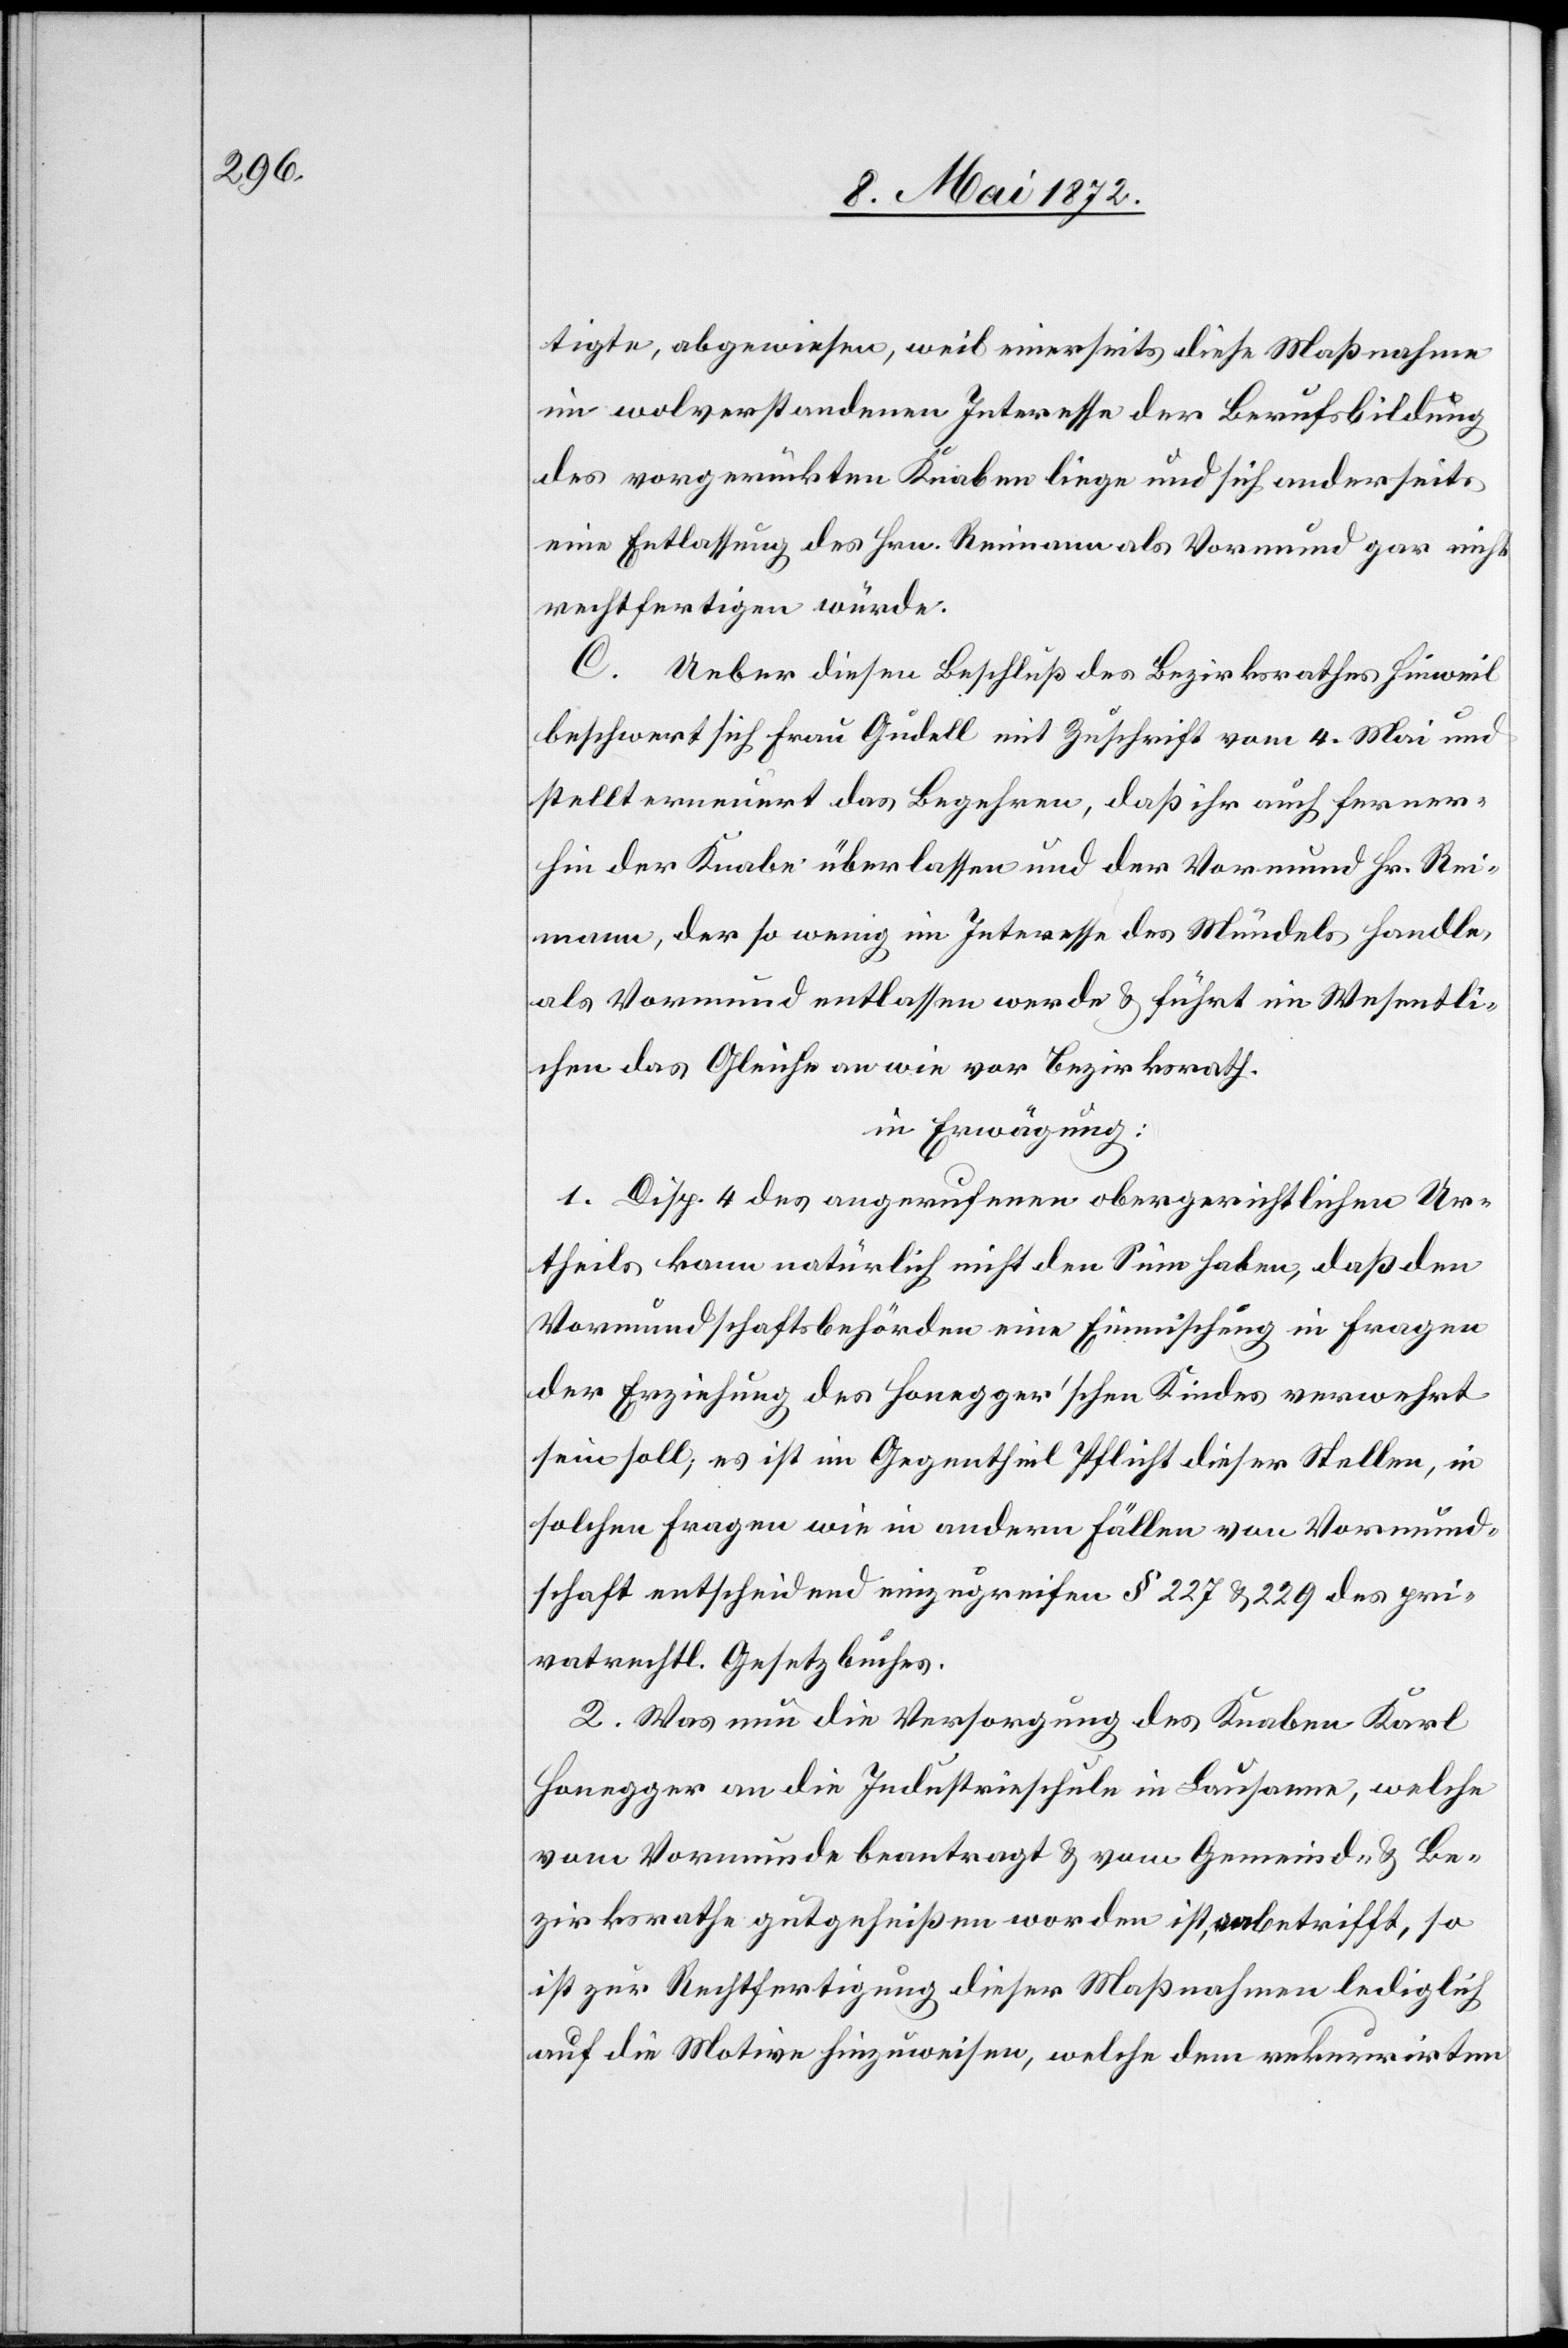
tigte, abgewiesen, weil einerseits diese Maßnahme
im wolverstandenen Interesse der Berufsbildung
des vorgerückten Knaben liege und sich anderseits
eine Entlassung des Hrn. Reimann als Vormund gar nicht
rechtfertigen würde.
C. Ueber diesen Beschluß des Bezirksrathes Hinweil
beschwert sich Frau Gudell mit Zuschrift vom 4. Mai und
stellt erneuert das Begehren, daß ihr auch ferner¬
hin der Knabe überlassen und der Vormund Hr. Rei¬
mann, der so wenig im Interesse des Mündels handle,
als Vormund entlassen werde u. führt im Wesentli¬
chen das Gleiche an wie vor Bezirksrath.
in Erwägung:
1. Disp. 4 des angerufenen obergerichtlichen Ur¬
theils kann natürlich nicht den Sinn haben, daß den
Vormundschaftsbehörden eine Einmischung in Fragen
der Erziehung des Honegger’schen Kindes verwehrt
sein soll; es ist im Gegentheil Pflicht dieser Stellen, in
solchen Fragen wie in andern Fällen von Vormund¬
schaft entscheidend einzugreifen § 227 u. 229 des pri¬
vatrechtl. Gesetzbuches.
2. Was nun die Versorgung des Knaben Karl
Honegger an die Industrieschule in Lausanne, welche
vom Vormunde beantragt u. vom Gemeind- u. Be¬
zirksrathe gutgeheißen worden ist, betrifft, so
ist zur Rechtfertigung dieser Maßnahme lediglich
auf die Motive hinzuweisen, welche dem rekurrirten